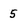
Character: 5